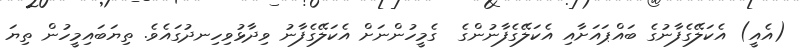
(އެއީ) އެކަލޭގެފާނުގެ ބައްޕައަށާއި އެކަލޭގެފާނުންގެ  ގެމީހުންނަށް އެކަލޭގެފާނު ވިދާޅުވިހިނދުގައެވެ. ތިޔަބައިމީހުން ތިޔަ